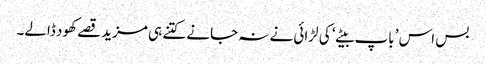
بس اس ’باپ بیٹے‘ کی لڑائی نے نہ جانے کتنے ہی مزید قصے کھود ڈالے۔